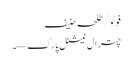
فوٹو/ طلحہ حنیف
چترال نیشنل پارک—۔